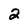
Character: 2